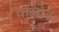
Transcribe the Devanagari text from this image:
कलोढ